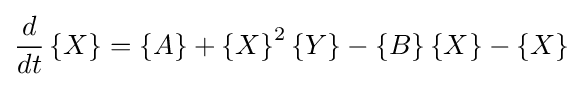
{d \over dt}\left\{X\right\}=\left\{A\right\}+\left\{X\right\}^{2}\left\{Y\right\}-\left\{B\right\}\left\{X\right\}-\left\{X\right\}